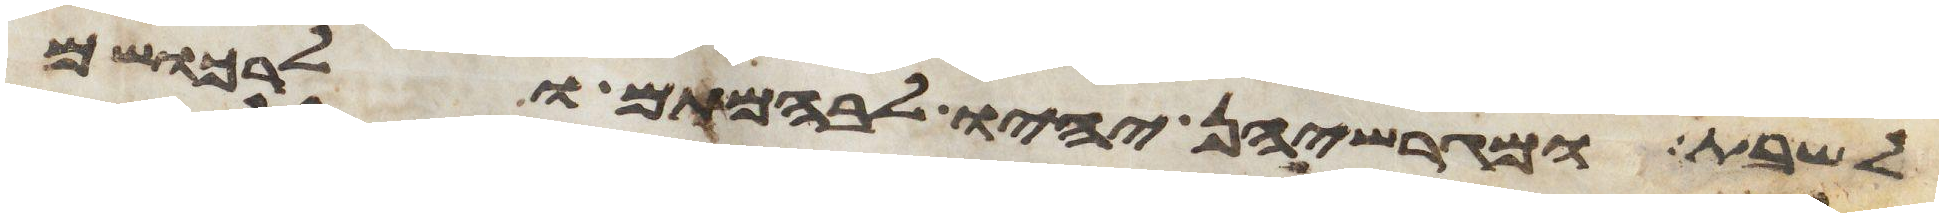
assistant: לשבת ומגרשיהן יהיו לבהמתם ולרכושם